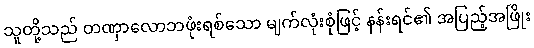
သူတို့သည် တဏှာလောဘဖုံးရစ်သော မျက်လုံးစုံဖြင့် နန်းရင်၏ အပြည့်အဖြိုး